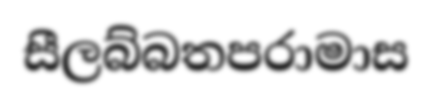
සීලබ්බතපරාමාස